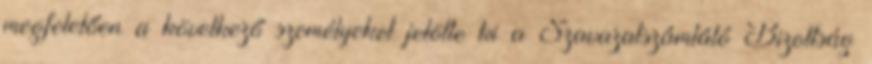
megfelelően a következő személyeket jelölte ki a Szavazatszámláló Bizottság